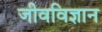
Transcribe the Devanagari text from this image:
जीवविज्ञान